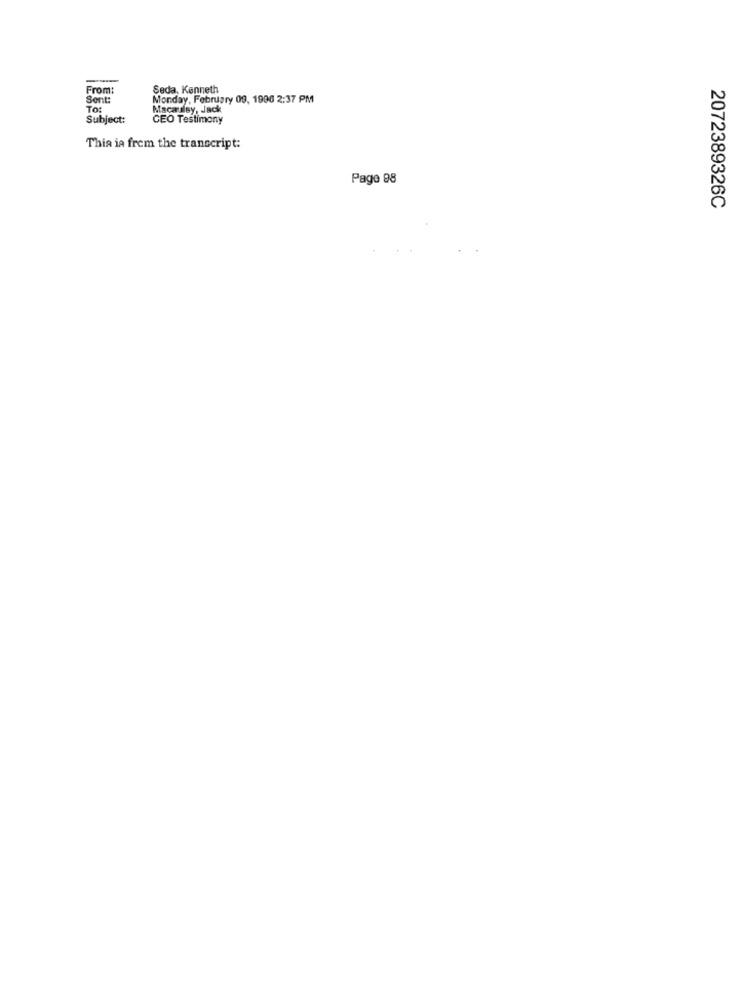
From:
Seda, Kenneth
Sent:
Monday, February 09, 1990 2:37 PM
Tot
Macauisy, Jack
Subject:
CEO Testimony
This ia from the transcript:
Page 98
2072389326C